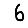
Digit: 6